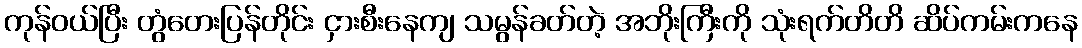
ကုန်ဝယ်ပြီး တွံတေးပြန်တိုင်း ငှားစီးနေကျ သမွန်ခတ်တဲ့ အဘိုးကြီးကို သုံးရက်တိတိ ဆိပ်ကမ်းကနေ